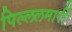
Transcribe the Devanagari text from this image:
पिल्‍ललमार्री